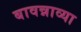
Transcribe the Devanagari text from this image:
बावन्नाव्या